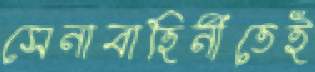
সেনাবাহিনীতেই